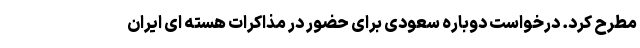
مطرح کرد. درخواست دوباره سعودی برای حضور در مذاکرات هسته ای ایران